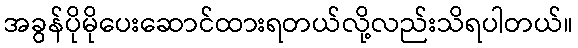
အခွန်ပိုမိုပေးဆောင်ထားရတယ်လို့လည်းသိရပါတယ်။